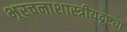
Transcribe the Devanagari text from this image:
भूरचनाशास्त्रीयदृष्ट्या